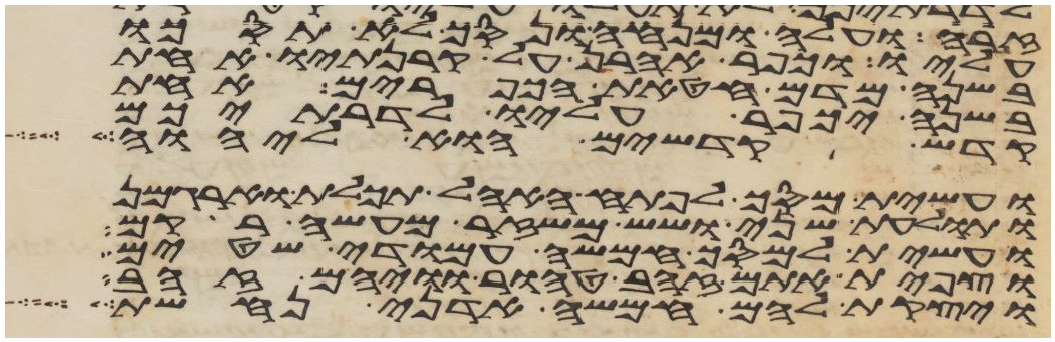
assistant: זרה ועלה ומנחה ונסך לא תסכו
עליו וכפר אהרן על קרנתיו אחת
בשנה מדם חטאת הכפורים אחת
בשנה יכפר עליו לדרתיכם
קדש קדשים הוא ליהוה
ועשית מסך לפתח האהל תכלת וארגמן
ותולעת שני ושש משזר מעשה רקם
ועשית למסך חמשה עמודי שטים
וצפית אתם זהב טהור וויהם זהב
ויצקת להם חמשה אדני נחשת